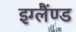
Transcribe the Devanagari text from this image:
इग्लैंण्ड